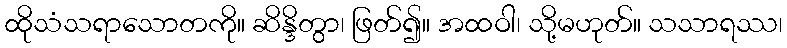
ထိုသံသရာသောတကို။ ဆိန္ဒိတွာ၊ ဖြတ်၍။ အထဝါ၊ သို့မဟုတ်။ သသာရဿ၊